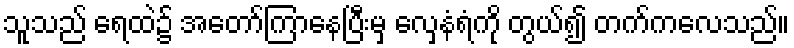
သူသည် ရေထဲ၌ အတော်ကြာနေပြီးမှ လှေနံရံကို တွယ်၍ တက်ကလေသည်။